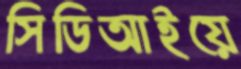
সিডিআইয়ে